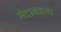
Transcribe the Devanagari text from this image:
मैदानवजा